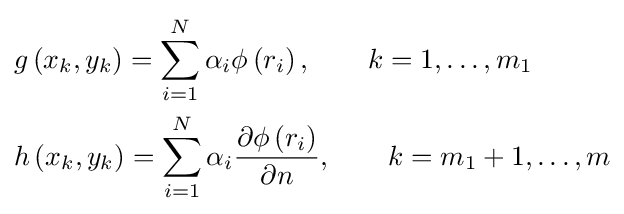
{\begin{aligned}&g\left(x_{k},y_{k}\right)=\sum \limits _{i=1}^{N}\alpha _{i}\phi \left(r_{i}\right),\qquad k=1,\ldots ,m_{1}\\&h\left(x_{k},y_{k}\right)=\sum \limits _{i=1}^{N}\alpha _{i}{\frac {\partial \phi \left(r_{i}\right)}{\partial n}},\qquad k=m_{1}+1,\ldots ,m\\\end{aligned}}